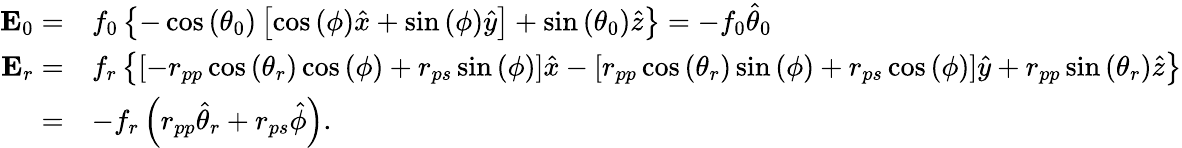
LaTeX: \begin{array}{rl}{\mathbf{E}_{0}=}&{f_{0}\left\{ -\cos{(\theta_{0})}\left[\cos{(\phi)}\hat{x}+\sin{(\phi)}\hat{y}\right]+\sin{(\theta_{0})}\hat{z}\right\} =-f_{0}\hat{\theta}_{0}}\\ {\mathbf{E}_{r}=}&{f_{r}\left\{ \left[-r_{pp}\cos{(\theta_{r})}\cos{(\phi)}+r_{ps}\sin{(\phi)}\right]\hat{x}-\left[r_{pp}\cos{(\theta_{r})}\sin{(\phi)}+r_{ps}\cos{(\phi)}\right]\hat{y}+r_{pp}\sin{(\theta_{r})}\hat{z}\right\} }\\ {=}&{-f_{r}\left(r_{pp}\hat{\theta}_{r}+r_{ps}\hat{\phi}\right).}\end{array}